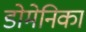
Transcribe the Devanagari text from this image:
डोमेनिका